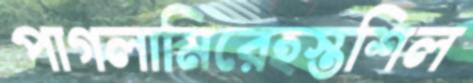
পাগলামিরেহস্তশিল